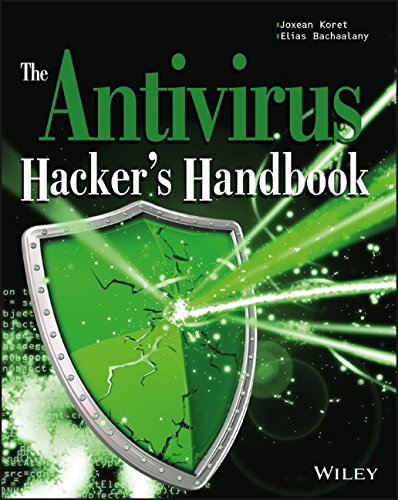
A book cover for The Antivirus Hacker's Handbook; Joxean Koret; Computers & Technology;